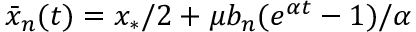
\bar { x } _ { n } ( t ) = x _ { * } / 2 + \mu b _ { n } ( e ^ { \alpha t } - 1 ) / \alpha